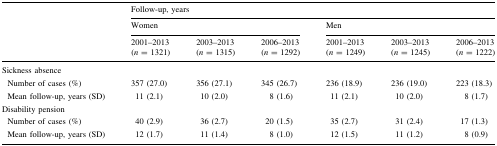
| <ROWSPAN=3>  | <COLSPAN=6> Follow-up, years |
 | <COLSPAN=3> Women | <COLSPAN=3> Men |
 | 2001–2013(n = 1321) | 2003–2013(n = 1315) | 2006–2013(n = 1292) | 2001–2013(n = 1249) | 2003–2013(n = 1245) | 2006–2013(n = 1222) |
 | --- | --- | --- | --- | --- | --- | --- |
 | <COLSPAN=7> Sickness absence |
 | Number of cases (%) | 357 (27.0) | 356 (27.1) | 345 (26.7) | 236 (18.9) | 236 (19.0) | 223 (18.3) |
 | Mean follow-up, years (SD) | 11 (2.1) | 10 (2.0) | 8 (1.6) | 11 (2.1) | 10 (2.0) | 8 (1.7) |
 | <COLSPAN=7> Disability pension |
 | Number of cases (%) | 40 (2.9) | 36 (2.7) | 20 (1.5) | 35 (2.7) | 31 (2.4) | 17 (1.3) |
 | Mean follow-up, years (SD) | 12 (1.7) | 11 (1.4) | 8 (1.0) | 12 (1.5) | 11 (1.2) | 8 (0.9) |